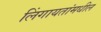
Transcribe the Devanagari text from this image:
लिंगायतांमधील